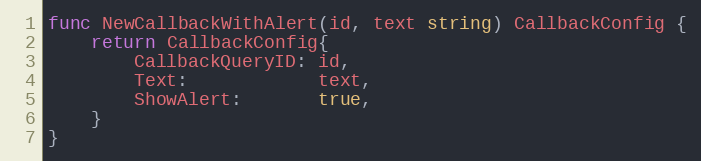
Language: Go
func NewCallbackWithAlert(id, text string) CallbackConfig {
	return CallbackConfig{
		CallbackQueryID: id,
		Text:            text,
		ShowAlert:       true,
	}
}